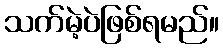
သက်မဲ့ပဲဖြစ်ရမည်။